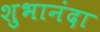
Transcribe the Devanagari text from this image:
शुभानंदा